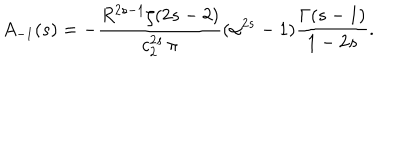
LaTeX: A _ { - 1 } ( s ) = - \frac { R ^ { 2 s - 1 } \zeta ( 2 s - 2 ) } { c _ { 2 } ^ { 2 s } \, \pi } ( \alpha ^ { 2 s } - 1 ) \frac { \Gamma ( s - 1 ) } { 1 - 2 s } .